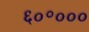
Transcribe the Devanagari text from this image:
६०॰०००